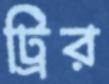
ট্রির